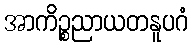
အာကိဉ္စညာယတနူပဂံ